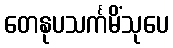
တေနုပသင်္ကမိံသုပေ